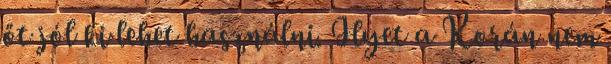
őt jól ki lehet használni. Ilyet a Korán nem